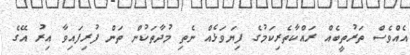
އެއްވެސް ތަރުތީބެއް ރައްކާތެރިކަމުގެ ފިޔަވަޅެއް ނެތި މުދާތަކުން ތަން ފުރިފައިވާ އިރު އޭގެ